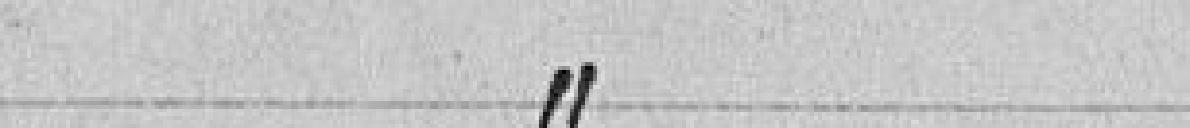
article